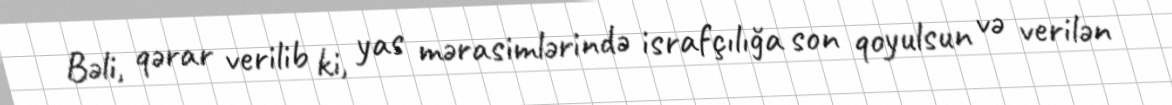
Bəli, qərar verilib ki, yas mərasimlərində israfçılığa son qoyulsun və verilən